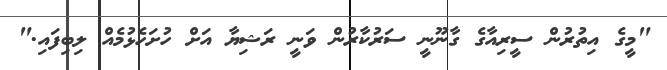
"މީގެ އިތުރުން ސީރިއާގެ ގާނޫނީ ސަރުކާރުން ވަނީ ރަޝިޔާ އަށް ހުށަހެޅުމެއް ލިބިފައި."